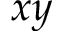
x y